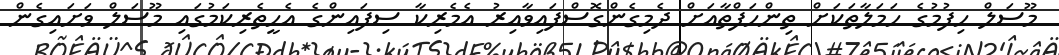
މޫސަލް ހިފުމުގެ ހަމަލާތަކަށް ތިންހަފްތާއަށް ދެމިގެންގޮސްފައިވާއިރު އެމެރިކާ ސިފައިންގެ އެހީތެރިކަމުގައި މޫސަލް ވަށައިގެން